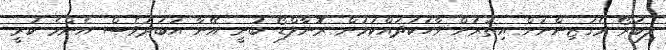
ލިބަރޯ މެގަޒިންނަށް އިތުރަށް ވާހަކަދައްކަމުން ރޮނާލްޑޯ ބުނީ އޭނާ އަބަދުވެސް އެންމެ ކުރީ